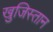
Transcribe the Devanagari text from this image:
खुजिस्तान